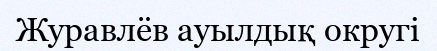
Журавлёв ауылдық округі